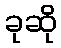
ခုဆို